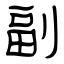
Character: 副